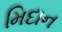
મિદાન